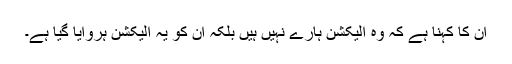
ان کا کہنا ہے کہ وہ الیکشن ہارے نہیں ہیں بلکہ ان کو یہ الیکشن ہروایا گیا ہے۔